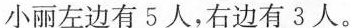
小丽左边有5人，右边有3人。